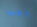
يجب